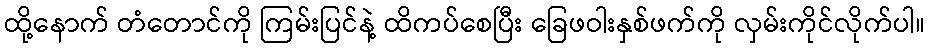
ထို့နောက် တံတောင်ကို ကြမ်းပြင်နဲ့ ထိကပ်စေပြီး ခြေဖဝါးနှစ်ဖက်ကို လှမ်းကိုင်လိုက်ပါ။